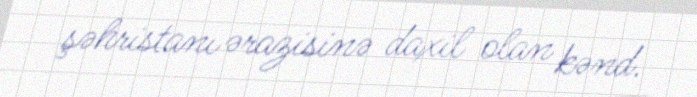
şəhristanı ərazisinə daxil olan kənd.